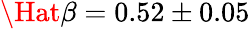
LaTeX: \Hat{\beta}=0.52\pm 0.05